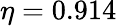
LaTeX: \eta=0.914